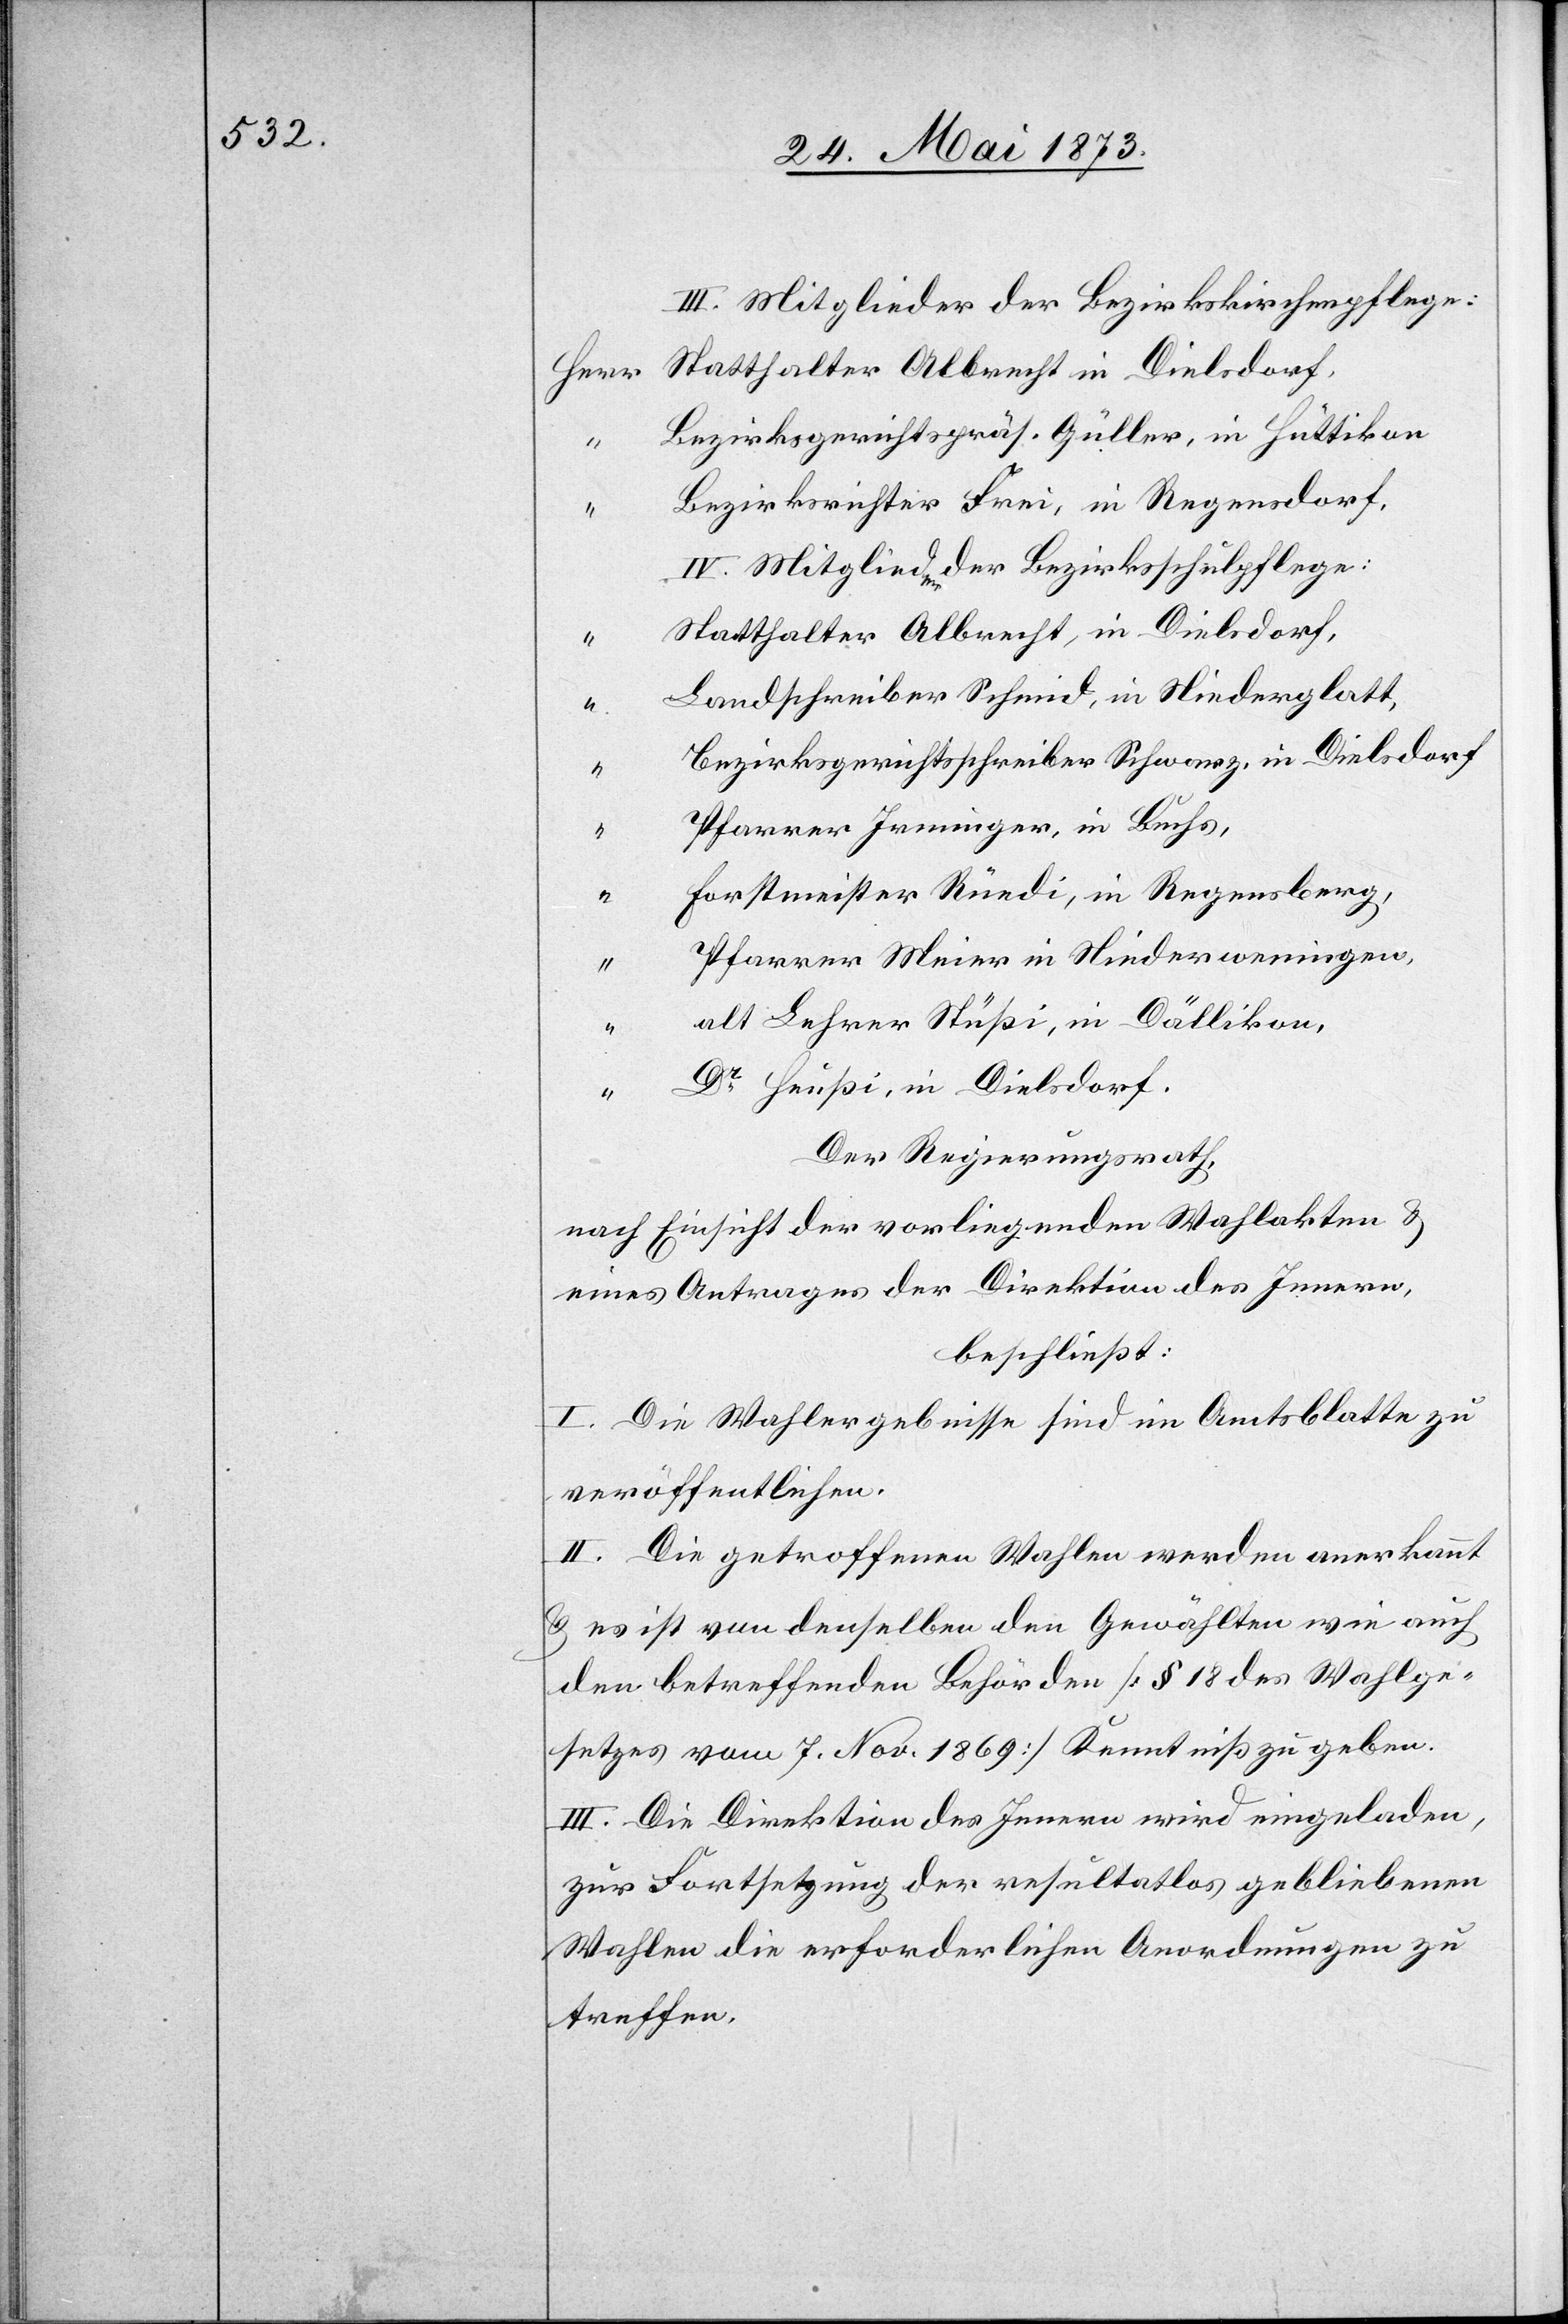
III. Mitglieder der Bezirkskirchenpflege:
Statthalter Albrecht in Dielsdorf,
Bezirksgerichtspräs. Güller, in Hüttikon
“
Bezirksrichter Frei, in Regensdorf,
IV. Mitglieder der Bezirksschulpflege:
Statthalter Albrecht, in Dielsdorf,
Landschreiber Schmid, in Niederglatt,
“
Bezirksgerichtsschreiber Schwarz, in Dielsdorf
Pfarrer Irminger, in Buchs,
“
Forstmeister Rüedi, in Regensberg,
“
Pfarrer Meier in Niederweningen,
alt Lehrer Stüßi, in Dällikon,
“
Dr Heußi, in Dielsdorf.
Der Regierungsrath,
nach Einsicht der vorliegenden Wahlakten &
eines Antrages der Direktion des Innern,
beschließt:
I. Die Wahlergebnisse sind im Amtsblatte zu
veröffentlichen.
II. Die getroffenen Wahlen werden anerkannt
& es ist von denselben den Gewählten wie auch
den betreffenden Behörden [§ 18 des Wahlge¬
setzes vom 7. Nov. 1869] Kenntniß zu geben.
III. Die Direktion des Innern wird eingeladen,
zur Fortsetzung der resultatlos gebliebenen
Wahlen die erforderlichen Anordnungen zu
treffen.